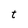
Character: t